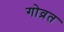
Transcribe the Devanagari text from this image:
गोव्रत